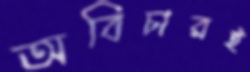
অবিচারই